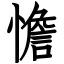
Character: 憺